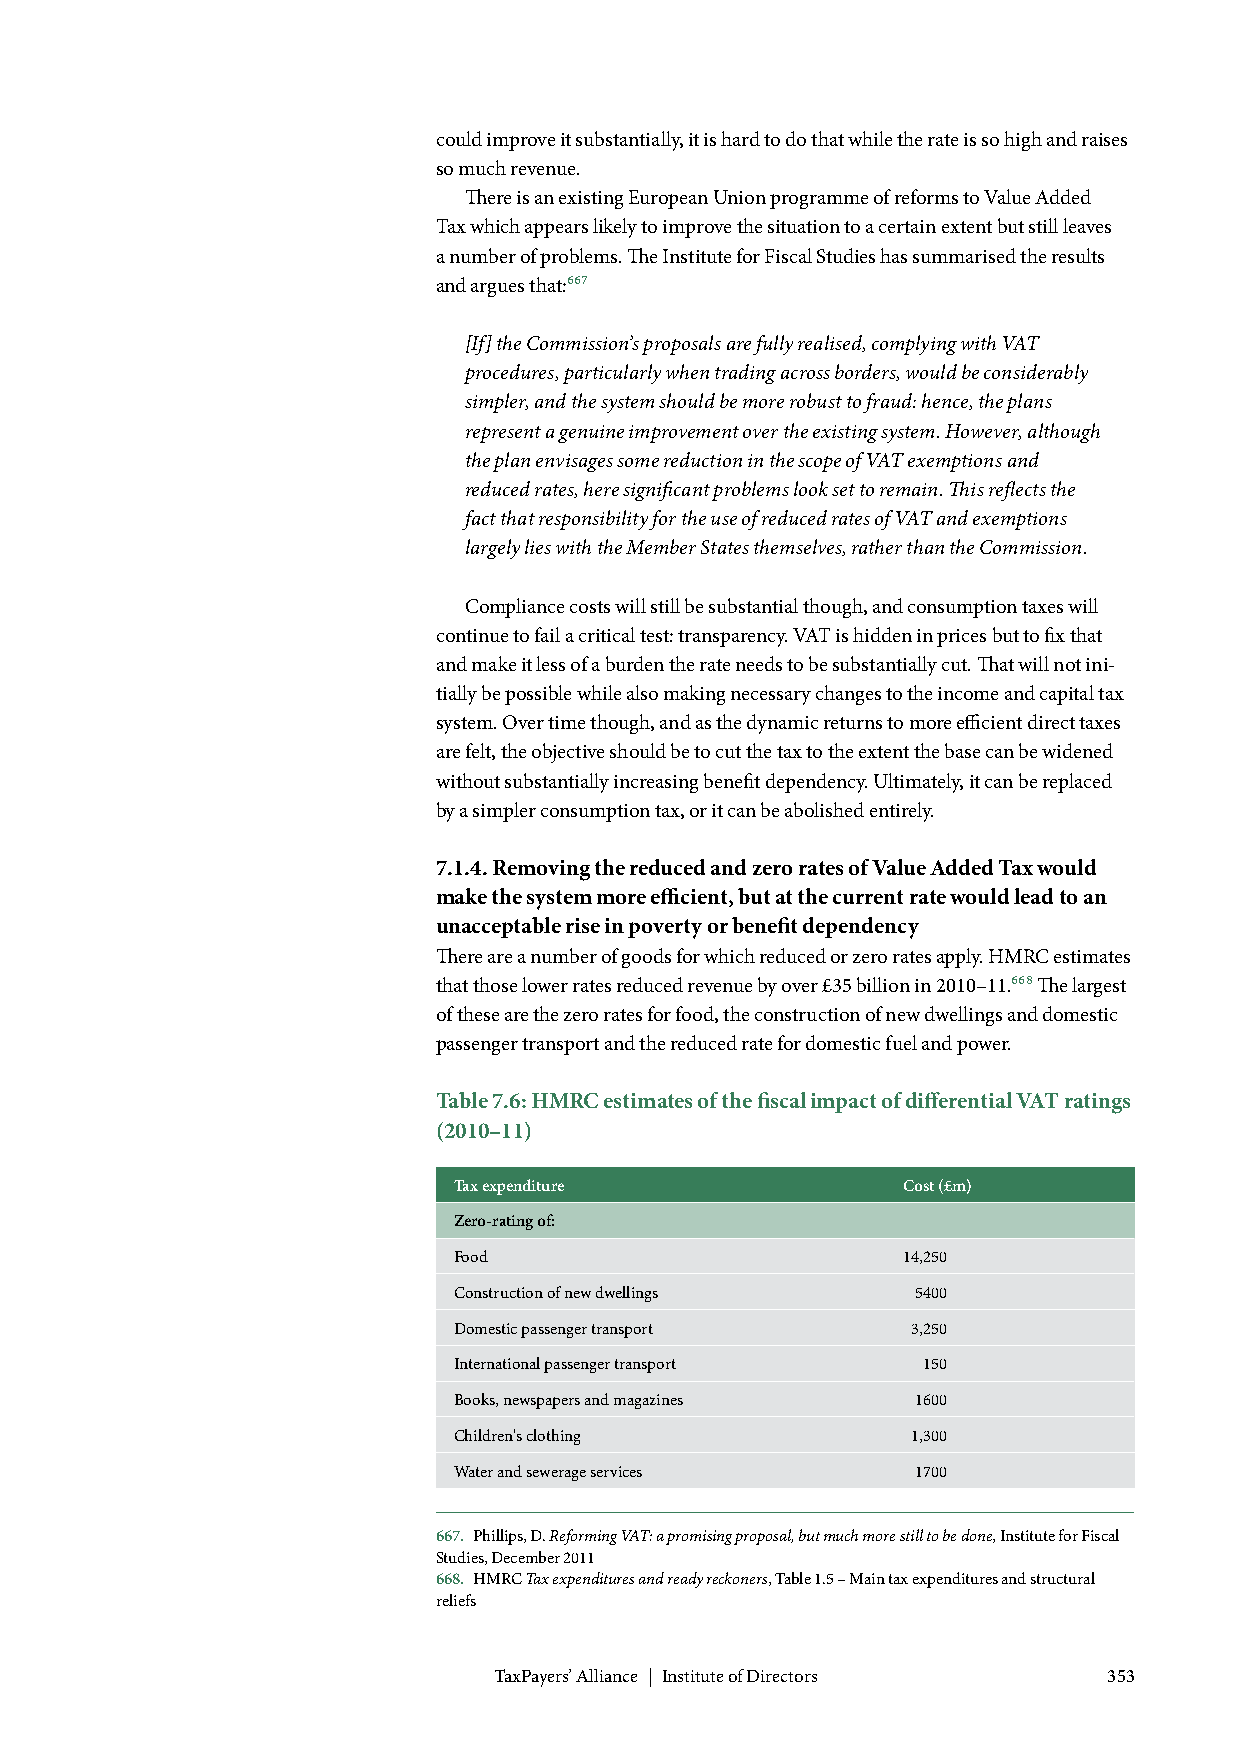
could improve it substantially, it is hard to do that while the rate is so high and raises
 so much revenue.
 There is an existing European Union programme of reforms to Value Added
 Tax which appears likely to improve the situation to a certain extent but still leaves
 a number of problems. The Institute for Fiscal Studies has summarised the results
 and argues that:667
 [If] the Commission’s proposals are fully realised, complying with VAT
 procedures, particularly when trading across borders, would be considerably
 simpler, and the system should be more robust to fraud: hence, the plans
 represent a genuine improvement over the existing system. However, although
 the plan envisages some reduction in the scope of VAT exemptions and
 reduced rates, here significant problems look set to remain. This reflects the
 fact that responsibility for the use of reduced rates of VAT and exemptions
 largely lies with the Member States themselves, rather than the Commission.
 Compliance costs will still be substantial though, and consumption taxes will
 continue to fail a critical test: transparency. VAT is hidden in prices but to fix that
 and make it less of a burden the rate needs to be substantially cut. That will not ini-
 tially be possible while also making necessary changes to the income and capital tax
 system. Over time though, and as the dynamic returns to more efficient direct taxes
 are felt, the objective should be to cut the tax to the extent the base can be widened
 without substantially increasing benefit dependency. Ultimately, it can be replaced
 by a simpler consumption tax, or it can be abolished entirely.
 7.1.4. Removing the reduced and zero rates of Value Added Tax would
 make the system more efficient, but at the current rate would lead to an
 unacceptable rise in poverty or benefit dependency
 There are a number of goods for which reduced or zero rates apply. HMRC estimates
 that those lower rates reduced revenue by over £35 billion in 2010–11.668 The largest
 of these are the zero rates for food, the construction of new dwellings and domestic
 passenger transport and the reduced rate for domestic fuel and power.
 Table 7.6: HMRC estimates of the fiscal impact of differential VAT ratings
 (2010–11)
 Tax expenditure               Cost (£m)
 Zero-rating of:
 Food                          14,250
 Construction of new dwellings  5400
 Domestic passenger transport  3,250
 International passenger transport 150
 Books, newspapers and magazines 1600
 Children's clothing           1,300
 Water and sewerage services    1700
 667. Phillips, D. Reforming VAT: a promising proposal, but much more still to be done, Institute for Fiscal
 Studies, December 2011
 668. HMRC Tax expenditures and ready reckoners, Table 1.5 – Main tax expenditures and structural
 reliefs
 TaxPayers’ Alliance | Institute of Directors 353